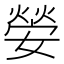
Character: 𡠺